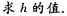
求h的值.